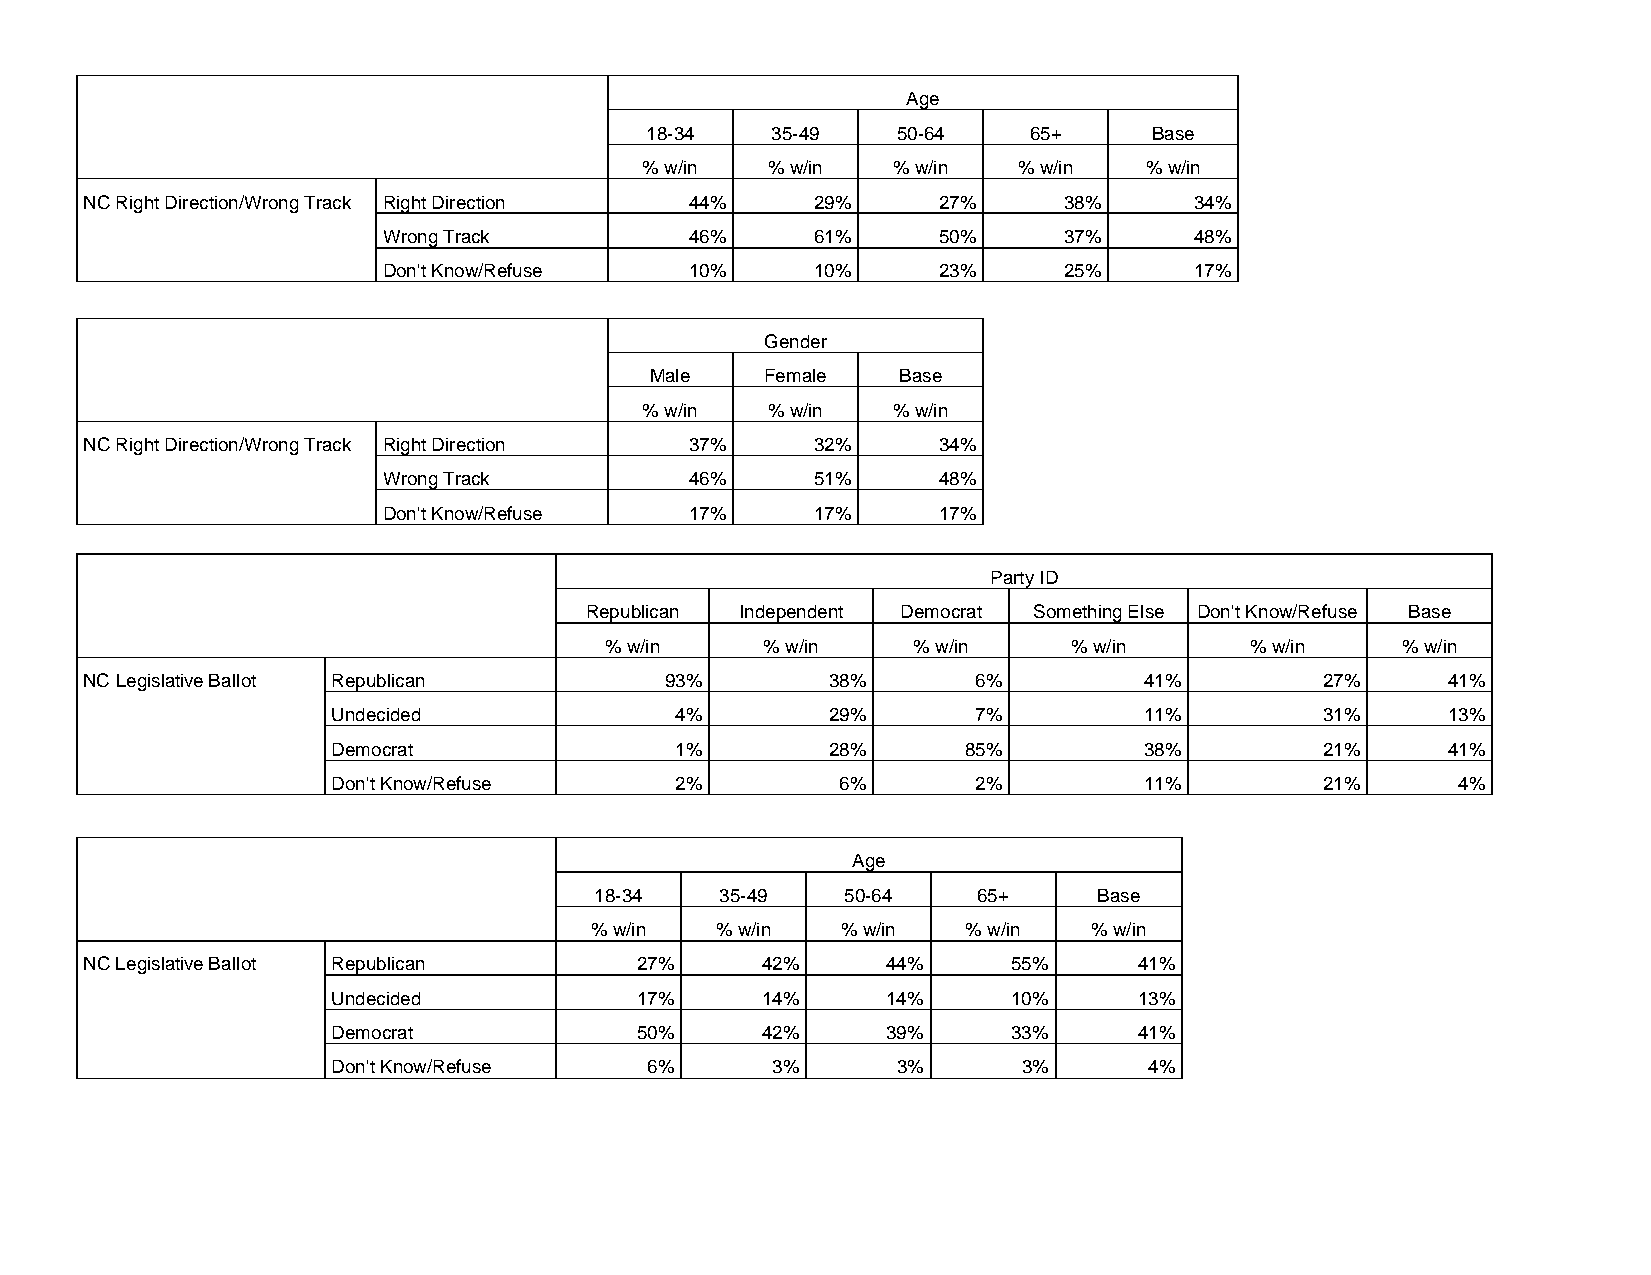
Age
 18-34   35-49   50-64    65+     Base
 % w/in  % w/in  % w/in  % w/in   % w/in
 NC Right Direction/Wrong Track Right Direction 44% 29%  27%     38%      34%
 Wrong Track          46%     61%     50%     37%      48%
 Don't Know/Refuse    10%     10%     23%     25%      17%
 Gender
 Male    Female  Base
 % w/in  % w/in  % w/in
 NC Right Direction/Wrong Track Right Direction 37% 32%  34%
 Wrong Track          46%     51%     48%
 Don't Know/Refuse    17%     17%     17%
 Party ID
 Republican Independent Democrat Something Else Don't Know/Refuse Base
 % w/in     % w/in   % w/in     % w/in      % w/in    % w/in
 NC Legislative Ballot Republican      93%        38%       6%         41%         27%     41%
 Undecided              4%        29%       7%         11%         31%     13%
 Democrat               1%        28%      85%         38%         21%     41%
 Don't Know/Refuse      2%         6%       2%         11%         21%     4%
 Age
 18-34    35-49   50-64    65+     Base
 % w/in  % w/in   % w/in  % w/in  % w/in
 NC Legislative Ballot Republican    27%     42%      44%     55%     41%
 Undecided           17%     14%      14%     10%     13%
 Democrat            50%     42%      39%     33%     41%
 Don't Know/Refuse    6%      3%      3%       3%      4%